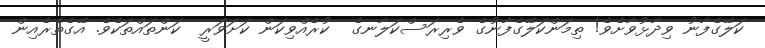
ކަލޭގެފާނު ވިދާޅުވާށެވެ! ތިމަންކަލޭގެފާނުގެ ވެރިރަސްކަލާނގެ  ކުރެއްވިކަން ކަށަވަރީ  ކަންތައްތަކެވެ. އޭގެތެރެއިން